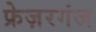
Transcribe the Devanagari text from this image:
फ्रेज़रगंज